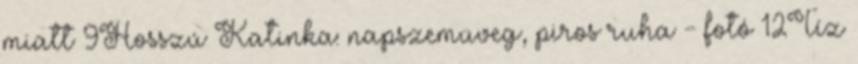
miatt 9Hosszú Katinka: napszemüveg, piros ruha - fotó 12Tíz